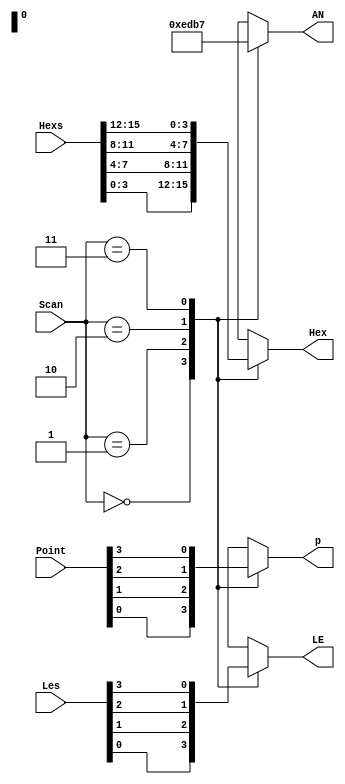
`timescale 1ns / 1ps
//////////////////////////////////////////////////////////////////////////////////
// Company: 
// Engineer: 
// 
// Design Name: 
// Module Name:    DisplaySync 
// Project Name: 
// Target Devices: 
// Tool versions: 
// Description: 
//
// Dependencies: 
//
// Revision: 
// Revision 0.01 - File Created
// Additional Comments: 
//
//////////////////////////////////////////////////////////////////////////////////
module DisplaySync(
	input [15:0] Hexs, //
	input [1:0] Scan,
	input [3:0] Point,
	input [3:0] Les,
	output reg[3:0] Hex,
	output reg p,LE,
	output reg[3:0] AN
);
	always @* begin // ()
		case (Scan)
			2'b00 : begin Hex <= Hexs[3:0]; AN <= 4'b 1110; p <= Point[0]; LE <= Les[0]; end
			2'b01 : begin Hex <= Hexs[7:4]; AN <= 4'b 1101; p <= Point[1]; LE <= Les[1]; end
			2'b10 : begin Hex <= Hexs[11:8]; AN <= 4'b 1011; p <= Point[2]; LE <= Les[2]; end 
			2'b11 : begin Hex <= Hexs[15:12]; AN <= 4'b 0111; p <= Point[3]; LE <= Les[3]; end
		endcase
	end
endmodule